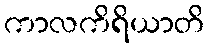
ကာလကိရိယာတိ